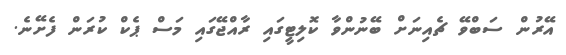
އޭރުން ސަބްވޭ ޗެއިނަށް ބޭނުންވާ ކޮލިޓީގައި ރާއްޖޭގައި މަސް ޕެކް ކުރަން ފެށޭނެ.